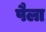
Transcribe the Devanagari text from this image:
पैला